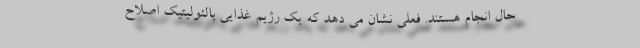
حال انجام هستند. فعلی نشان می دهد که یک رژیم غذایی پالئولیتیک اصلاح